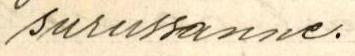
surussanne.